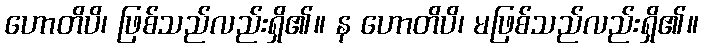
ဟောတိပိ၊ ဖြစ်သည်လည်းရှိ၏။ န ဟောတိပိ၊ မဖြစ်သည်လည်းရှိ၏။